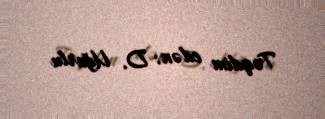
Təqdim edən: D. Uğurlu